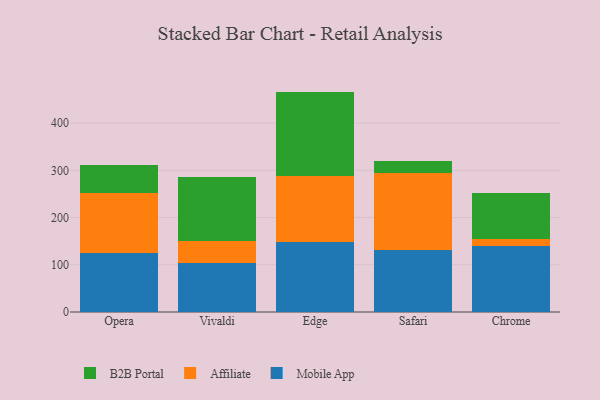
{"axis": {"x": "Browser", "y": "Waste Production (Tons)"}, "legend": ["Affiliate", "B2B Portal", "Mobile App"], "data": [{"x": "Opera", "y": 126.0, "type": "Mobile App"}, {"x": "Opera", "y": 125.7, "type": "Affiliate"}, {"x": "Opera", "y": 58.7, "type": "B2B Portal"}, {"x": "Vivaldi", "y": 104.6, "type": "Mobile App"}, {"x": "Vivaldi", "y": 46.8, "type": "Affiliate"}, {"x": "Vivaldi", "y": 134.2, "type": "B2B Portal"}, {"x": "Edge", "y": 148.7, "type": "Mobile App"}, {"x": "Edge", "y": 138.3, "type": "Affiliate"}, {"x": "Edge", "y": 179.8, "type": "B2B Portal"}, {"x": "Safari", "y": 132.1, "type": "Mobile App"}, {"x": "Safari", "y": 162.9, "type": "Affiliate"}, {"x": "Safari", "y": 24.4, "type": "B2B Portal"}, {"x": "Chrome", "y": 139.2, "type": "Mobile App"}, {"x": "Chrome", "y": 15.1, "type": "Affiliate"}, {"x": "Chrome", "y": 98.8, "type": "B2B Portal"}]}